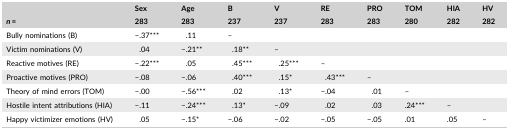
<table><thead><tr><td></td><td><b>Sex</b></td><td><b>Age</b></td><td><b>B</b></td><td><b>V</b></td><td><b>RE</b></td><td><b>PRO</b></td><td><b>TOM</b></td><td><b>HIA</b></td><td><b>HV</b></td></tr><tr><td><b><i>n</i> = </b></td><td><b>283</b></td><td><b>283</b></td><td><b>237</b></td><td><b>237</b></td><td><b>283</b></td><td><b>283</b></td><td><b>280</b></td><td><b>282</b></td><td><b>282</b></td></tr></thead><tbody><tr><td>Bully nominations (B)</td><td>−.37***</td><td>.11</td><td>–</td><td></td><td></td><td></td><td></td><td></td><td></td></tr><tr><td>Victim nominations (V)</td><td>.04</td><td>−.21**</td><td>.18**</td><td>–</td><td></td><td></td><td></td><td></td><td></td></tr><tr><td>Reactive motives (RE)</td><td>−.22***</td><td>.05</td><td>.45***</td><td>.25***</td><td>–</td><td></td><td></td><td></td><td></td></tr><tr><td>Proactive motives (PRO)</td><td>−.08</td><td>−.06</td><td>.40***</td><td>.15*</td><td>.43***</td><td>–</td><td></td><td></td><td></td></tr><tr><td>Theory of mind errors (TOM)</td><td>−.00</td><td>−.56***</td><td>.02</td><td>.13*</td><td>−.04</td><td>.01</td><td>–</td><td></td><td></td></tr><tr><td>Hostile intent attributions (HIA)</td><td>−.11</td><td>−.24***</td><td>.13*</td><td>−.09</td><td>.02</td><td>.03</td><td>.24***</td><td>–</td><td></td></tr><tr><td>Happy victimizer emotions (HV)</td><td>.05</td><td>−.15*</td><td>−.06</td><td>−.02</td><td>−.05</td><td>−.05</td><td>.01</td><td>.05</td><td>–</td></tr></tbody></table>